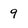
Character: 9